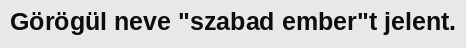
Görögül neve "szabad ember"t jelent.